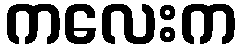
ကလေးက